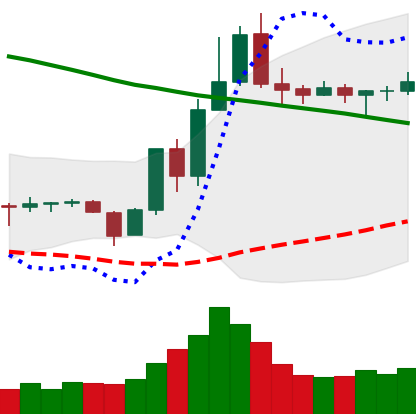
Ticker: TRX-USD
Chart end date: 2019-11-06
Forward return: -5.409%
Label: down_5_7